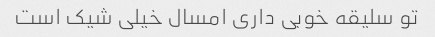
تو سلیقه خوبی داری امسال خیلی شیک است